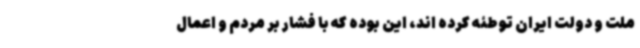
ملت و دولت ایران توطئه کرده اند، این بوده که با فشار بر مردم و اعمال